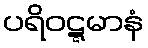
ပရိဝဋ္ဋမာနံ